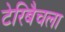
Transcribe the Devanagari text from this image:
टेरिबैचला